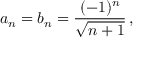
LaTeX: a _ { n } = b _ { n } = { \frac { ( - 1 ) ^ { n } } { \sqrt { n + 1 } } } \, ,